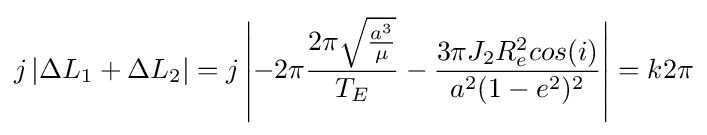
j\left|\Delta L_{1}+\Delta L_{2}\right|=j\left|-2\pi {\frac {2\pi {\sqrt {\frac {a^{3}}{\mu }}}}{T_{E}}}-{\frac {3\pi J_{2}R_{e}^{2}cos(i)}{a^{2}(1-e^{2})^{2}}}\right|=k2\pi